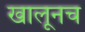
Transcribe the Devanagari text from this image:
खालूनच